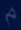
m